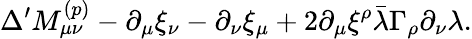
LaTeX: \Delta^{\prime}M_{\mu\nu}^{(p)}-\partial_{\mu}\xi_{\nu}-\partial_{\nu}\xi_{\mu}+2\partial_{\mu}\xi^{\rho}\bar{\lambda}\Gamma_{\rho}\partial_{\nu}\lambda.